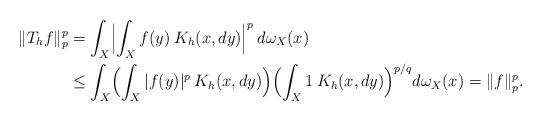
LaTeX: \begin{align*}\|T_hf\|_p^p&=\int_X \Bigl|\int_X f(y)\> K_h(x,dy)\Bigr|^p\> d\omega_X(x) \\&\le\int_X\Bigl(\int_X |f(y)|^p\> K_h(x,dy)\Bigr) \Bigl(\int_X 1\> K_h(x,dy)\Bigr)^{p/q}d\omega_X(x) =\|f\|_p^p.\end{align*}